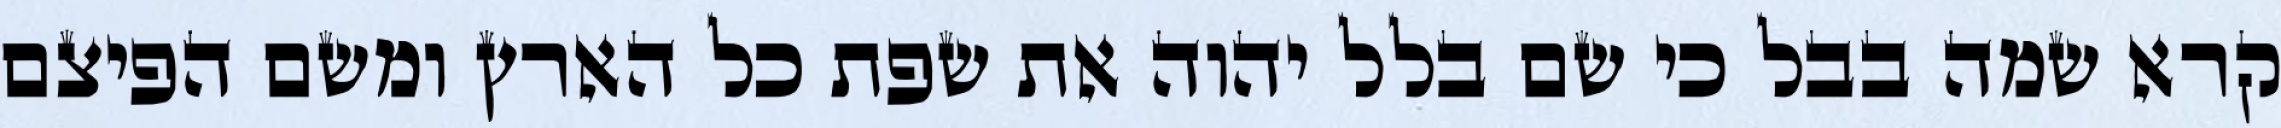
קרא שמה בבל כי שם בלל יהוה את שפת כל הארץ ומשם הפיצם